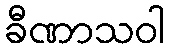
ခီဏာသဝါ